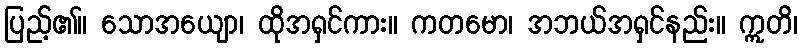
ပြည့်၏။ သောအယျော၊ ထိုအရှင်ကား။ ကတမော၊ အဘယ်အရှင်နည်း။ ဣတိ၊